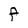
Character: F